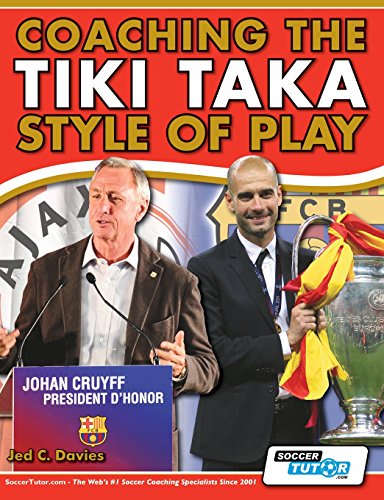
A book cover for Coaching the Tiki Taka Style of Play; Jed C. Davies; Sports & Outdoors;